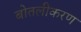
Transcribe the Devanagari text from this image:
बोतलीकरण